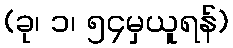
(ခု၊ ၁၊ ၅၄မှယူရန်)